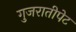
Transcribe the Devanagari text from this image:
गुजरातीपेट